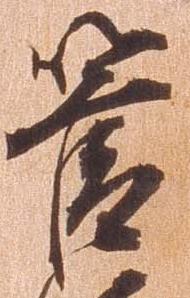
管